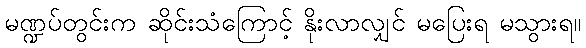
မဏ္ဍပ်တွင်းက ဆိုင်းသံကြောင့် နိုးလာလျှင် မပြေးရ မသွားရ။